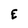
Character: E